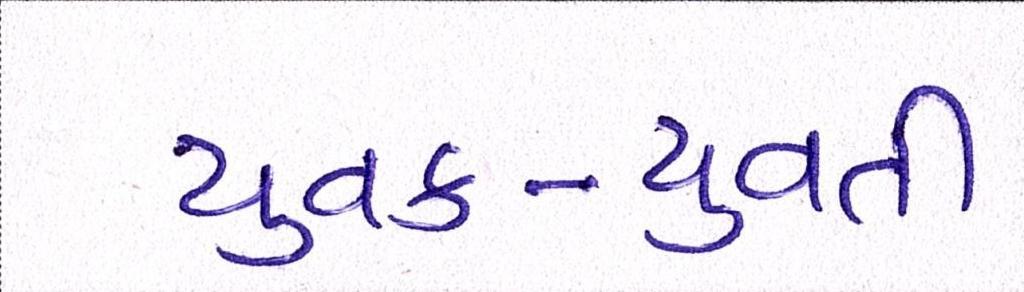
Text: યુવક-યુવતી